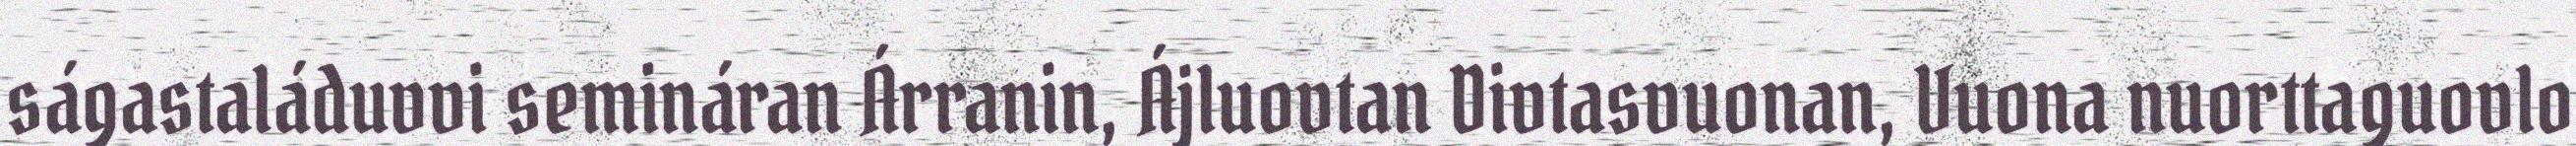
ságastaláduvvi semináran Árranin, Ájluovtan Divtasvuonan, Vuona nuorttaguovlo